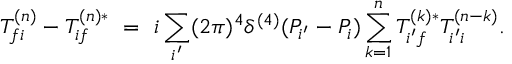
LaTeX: T _ { f i } ^ { ( n ) } - T _ { i f } ^ { ( n ) * } \ = \ i \sum _ { i ^ { \prime } } ( 2 \pi ) ^ { 4 } \delta ^ { ( 4 ) } ( P _ { i ^ { \prime } } - P _ { i } ) \sum _ { k = 1 } ^ { n } T _ { i ^ { \prime } f } ^ { ( k ) * } T _ { i ^ { \prime } i } ^ { ( n - k ) } .